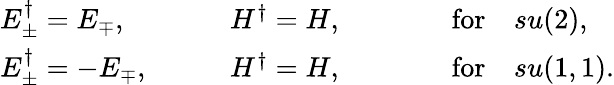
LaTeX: \begin{array}{lll}{{E_{\pm}^{\dagger}=E_{\mp},}}&{{\quad\quad H^{\dagger}=H,}}&{{\quad\quad\quad\mathrm{for}\quad su(2),}}\\ {{E_{\pm}^{\dagger}=-E_{\mp},}}&{{\quad\quad H^{\dagger}=H,}}&{{\quad\quad\quad\mathrm{for}\quad su(1,1).}}\end{array}